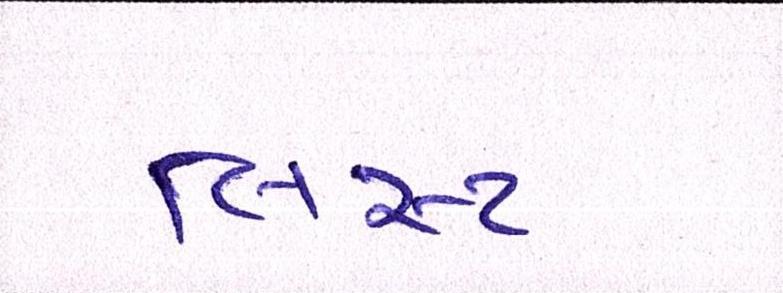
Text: લિસ્ટ